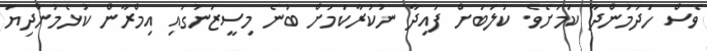
ވެސް ހަދަމުންދާ ކަމަށެވެ. ކުލަބަށް ފައިދާ ނުކުރާކަމަށް ބުނެ މިސީޒަނުގައި އިމްރާން ކުޅެމުންދިޔަ